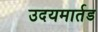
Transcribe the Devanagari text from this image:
उदयमार्तड